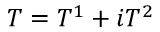
T = T ^ { 1 } + i T ^ { 2 }